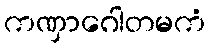
ကဏှာဂေါတမကံ